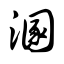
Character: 溷